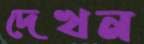
দেখন